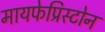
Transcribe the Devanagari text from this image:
मायफेप्रिस्टोन